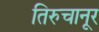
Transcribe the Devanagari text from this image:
तिरुचानूर